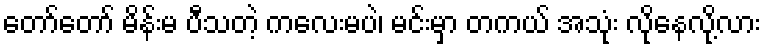
တော်တော် မိန်းမ ပီသတဲ့ ကလေးမပဲ၊ မင်းမှာ တကယ် အသုံး လိုနေလို့လား